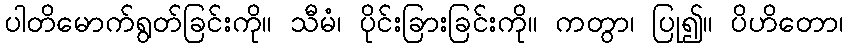
ပါတိမောက်ရွတ်ခြင်းကို။ သီမံ၊ ပိုင်းခြားခြင်းကို။ ကတွာ၊ ပြု၍။ ပိဟိတော၊